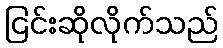
ငြင်းဆိုလိုက်သည်